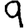
Digit: 9